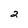
Character: 2